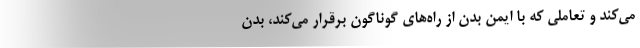
می‌کند و تعاملی که با ایمن بدن از راه‌های گوناگون برقرار می‌کند، بدن